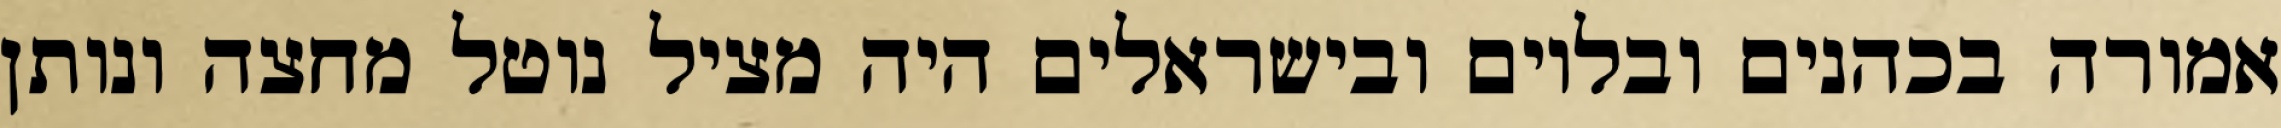
אמורה בכהנים ובלוים ובישראלים היה מציל נוטל מחצה ונותן